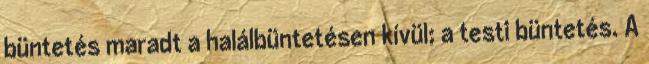
büntetés maradt a halálbüntetésen kívül; a testi büntetés. A